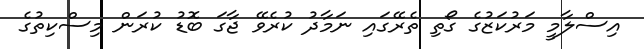
އިސްލާމީ މަރުކަޒުގެ ގޯތި ތެރޭގައި ނަމާދު ކުރެވޭ ޖާގަ ބޮޑު ކުރަން މިސްކިތުގެ